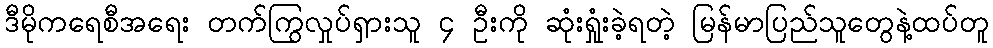
ဒီမိုကရေစီအရေး တက်ကြွလှုပ်ရှားသူ ၄ ဦးကို ဆုံးရှုံးခဲ့ရတဲ့ မြန်မာပြည်သူတွေနဲ့ထပ်တူ